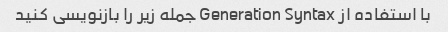
با استفاده از Generation Syntax جمله زیر را بازنویسی کنید